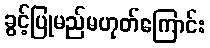
ခွင့်ပြုမည်မဟုတ်ကြောင်း